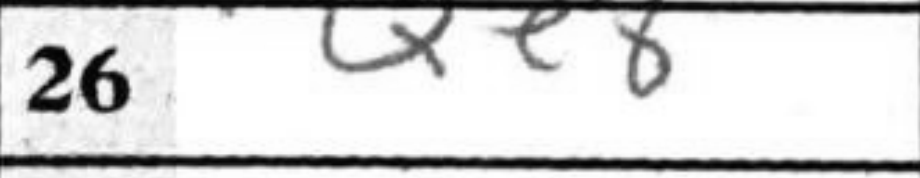
Transcription: Qe8